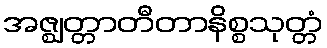
အဇ္ဈတ္တာတီတာနိစ္စသုတ္တံ